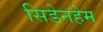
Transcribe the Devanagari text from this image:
सिडेनहेम